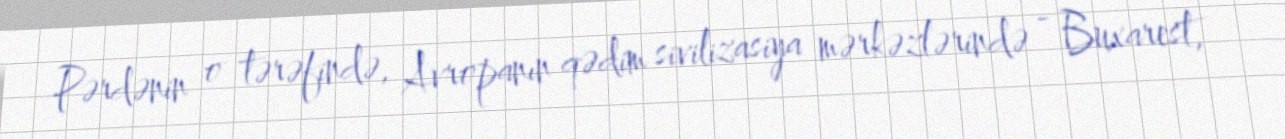
Pərdənin o tərəfində, Avropanın qədim sivilizasiya mərkəzlərində - Buxarest,